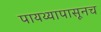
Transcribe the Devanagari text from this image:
पायथ्यापासूनच